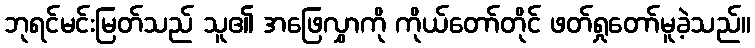
ဘုရင်မင်းမြတ်သည် သူ၏ အဖြေလွှာကို ကိုယ်တော်တိုင် ဖတ်ရှုတော်မူခဲ့သည်။